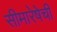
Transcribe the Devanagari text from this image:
सीमारेषेची